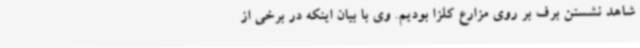
شاهد نشستن برف بر روی مزارع کلزا بودیم. وی با بیان اینکه در برخی از